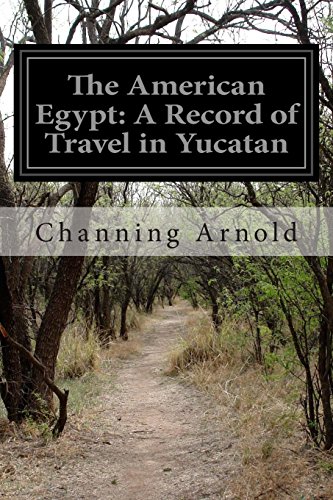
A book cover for The American Egypt: A Record of Travel in Yucatan; Channing Arnold; Travel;